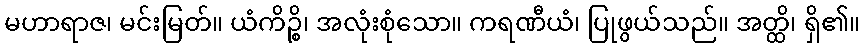
မဟာရာဇ၊ မင်းမြတ်။ ယံကိဉ္စိ၊ အလုံးစုံသော။ ကရဏီယံ၊ ပြုဖွယ်သည်။ အတ္ထိ၊ ရှိ၏။